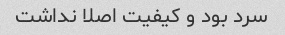
سرد بود و کیفیت اصلا نداشت